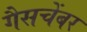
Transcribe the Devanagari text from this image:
गैसचेंबर